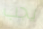
يجب